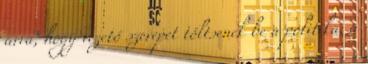
arra, hogy vezető szerepet töltsenek be a politika, a